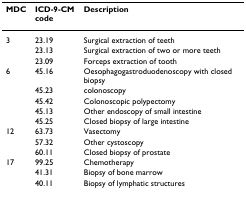
<table><thead><tr><td><b>MDC</b></td><td><b>ICD-9-CM code</b></td><td><b>Description</b></td></tr></thead><tbody><tr><td>3</td><td>23.19</td><td>Surgical extraction of teeth</td></tr><tr><td></td><td>23.13</td><td>Surgical extraction of two or more teeth</td></tr><tr><td></td><td>23.09</td><td>Forceps extraction of tooth</td></tr><tr><td>6</td><td>45.16</td><td>Oesophagogastroduodenoscopy with closed biopsy</td></tr><tr><td></td><td>45.23</td><td>colonoscopy</td></tr><tr><td></td><td>45.42</td><td>Colonoscopic polypectomy</td></tr><tr><td></td><td>45.13</td><td>Other endoscopy of small intestine</td></tr><tr><td></td><td>45.25</td><td>Closed biopsy of large intestine</td></tr><tr><td>12</td><td>63.73</td><td>Vasectomy</td></tr><tr><td></td><td>57.32</td><td>Other cystoscopy</td></tr><tr><td></td><td>60.11</td><td>Closed biopsy of prostate</td></tr><tr><td>17</td><td>99.25</td><td>Chemotherapy</td></tr><tr><td></td><td>41.31</td><td>Biopsy of bone marrow</td></tr><tr><td></td><td>40.11</td><td>Biopsy of lymphatic structures</td></tr></tbody></table>